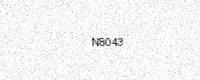
Text: N8043